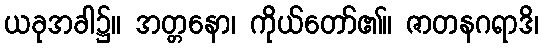
ယခုအခါ၌။ အတ္တနော၊ ကိုယ်တော်၏။ ဇာတနဂရာဒိ၊